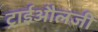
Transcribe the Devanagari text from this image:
ट्राईऔलजी